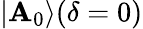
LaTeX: |\mathbf{A}_{0}\rangle(\delta=0)